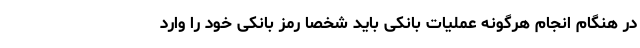
در هنگام انجام هرگونه عملیات بانکی باید شخصاً رمز بانکی خود را وارد